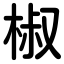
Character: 椒